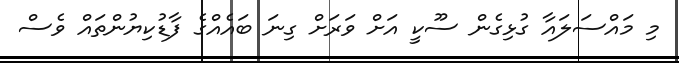
މި މައްސަލައާ ގުޅިގެން ސޫކީ އަށް ވަރަށް ގިނަ ބައެއްގެ ފާޑުކިޔުންތައް ވެސް